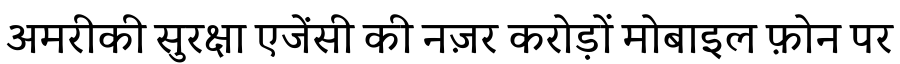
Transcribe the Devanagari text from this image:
अमरीकी सुरक्षा एजेंसी की नज़र करोड़ों मोबाइल फ़ोन पर